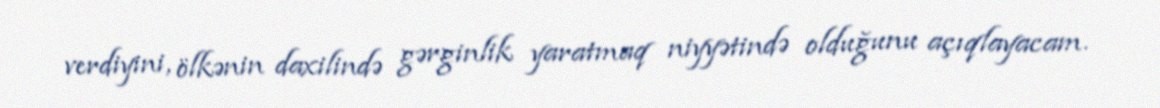
verdiyini, ölkənin daxilində gərginlik yaratmaq niyyətində olduğunu açıqlayacam.